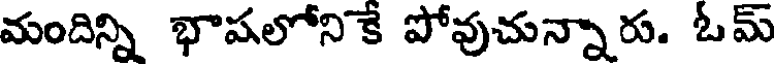
మందిన్ని భాషలోని కే పోవుచున్నారు. ఓమ్